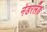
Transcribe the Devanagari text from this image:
नेडरलँड